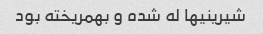
شیرینیها له شده و بهمریخته بود